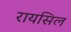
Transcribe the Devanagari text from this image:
रायसिल